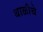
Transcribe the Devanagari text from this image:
थाळीचे